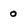
Character: o